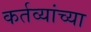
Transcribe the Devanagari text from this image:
कर्तव्यांच्या